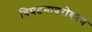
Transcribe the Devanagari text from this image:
विघटनाबरोबरच